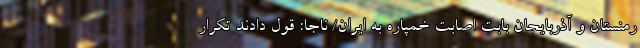
رمنستان و آذربایجان بابت اصابت خمپاره به ایران/ ناجا: قول دادند تکرار